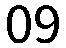
09